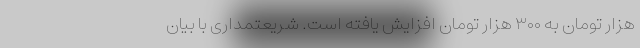
هزار تومان به ۳۰۰ هزار تومان افزایش یافته است. شریعتمداری با بیان